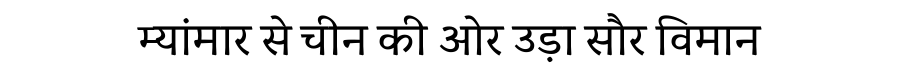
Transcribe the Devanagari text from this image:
म्यांमार से चीन की ओर उड़ा सौर विमान